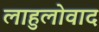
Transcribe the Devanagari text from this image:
लाहुलोवाद